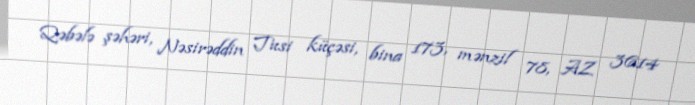
Qəbələ şəhəri, Nəsirəddin Tusi küçəsi, bina 173, mənzil 78, AZ 3614